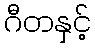
ဂီတနှင့်